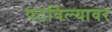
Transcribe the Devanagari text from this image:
पटविल्यावर